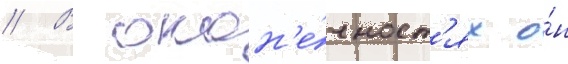
// В окон'е́чност'ях о́н